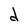
Character: d